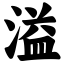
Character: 溢